Quinine and its salts - Number 41
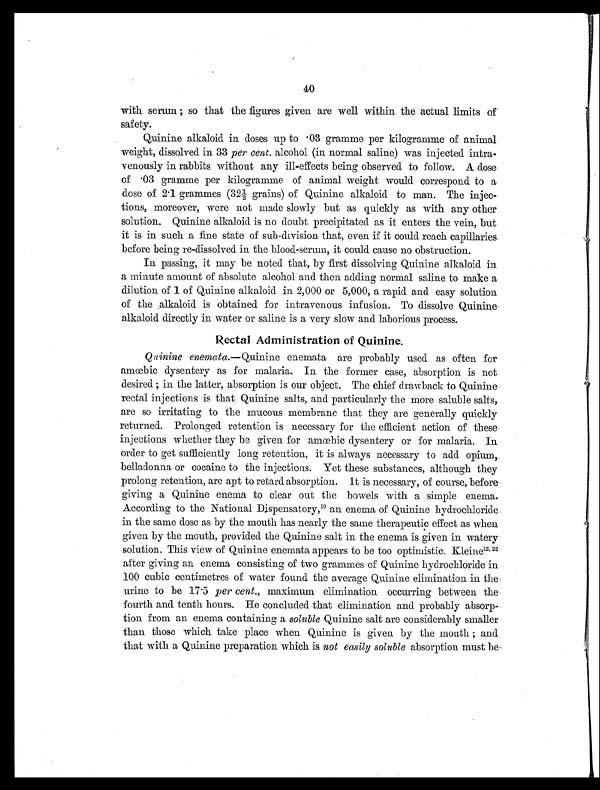
40
with serum; so that the figures given are well within the actual limits of
safety.
Quinine alkaloid in doses up to .03 gramme per kilogramme of animal
weight, dissolved in 33 per cent . alcohol (in normal saline) was injected intra-
venously in rabbits without any ill-effects being observed to follow. A dose
of .03 gramme per kilogramme of animal weight would correspond to a
dose of 2.1 grammes (32½ grains) of Quinine alkaloid to man. The injec-
tions, moreover, were not made slowly but as quickly as with any other
solution. Quinine alkaloid is no doubt precipitated as it enters the vein, but
it is in such a fine state of sub-division that, even if it could reach capillaries.
before being re-dissolved in the blood-serum, it could cause no obstruction.
In passing, it may be noted that, by first dissolving Quinine alkaloid in
a minute amount of absolute alcohol and then adding normal saline to make a
dilution of 1 of Quinine alkaloid in 2,000 or 5,000, a rapid and easy solution
of the alkaloid is obtained for intravenous infusion. To dissolve Quinine
alkaloid directly in water or saline is a very slow and laborious process.
Rectal Administration of Quinine.
Quinine enemata .—Quinine enemata are probably used as often for
amœbic dysentery as for malaria. In the former case, absorption is not
desired; in the latter, absorption is our object. The chief drawback to Quinine
rectal injections is that Quinine salts, and particularly the more soluble salts,
are so irritating to the mucous membrane that they are generally quickly
returned. Prolonged retention is necessary for the efficient action of these
injections whether they be given for amœbic dysentery or for malaria. In
order to get sufficiently long retention, it is always necessary to add opium,
belladonna or cocaine to the injections. Yet these substances, although they
prolong retention, are apt to retard absorption. It is necessary, of course, before
giving a Quinine enema to clear out the bowels with a simple enema.
According to the National Dispensatory, 10an enema of Quinine hydrochloride.
in the same dose as by the mouth has nearly the same therapeutic effect as when
given by the mouth, provided the Quinine salt in the enema is given in watery
solution. This view of Quinine enemata appears to be too optimistic, Kleine 12.22
after giving an enema consisting of two grammes of Quinine hydrochloride in
100 cubic centimetres of water found the average Quinine elimination in the
urine to be 17.5 per cent., maximum elimination occurring between the
fourth and tenth hours. He concluded that elimination and probably absorp-
tion from an enema containing a soluble Quinine salt are considerably smaller
than those which take place when Quinine is given by the mouth; and
that with a Quinine preparation which is not easily soluble absorption must be